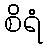
စိရံ